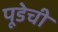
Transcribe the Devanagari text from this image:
पूडेची